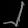
Digit: ၂